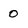
Character: O